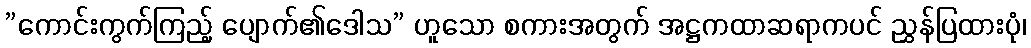
”ကောင်းကွက်ကြည့် ပျောက်၏ဒေါသ” ဟူသော စကားအတွက် အဋ္ဌကထာဆရာကပင် ညွှန်ပြထားပုံ၊